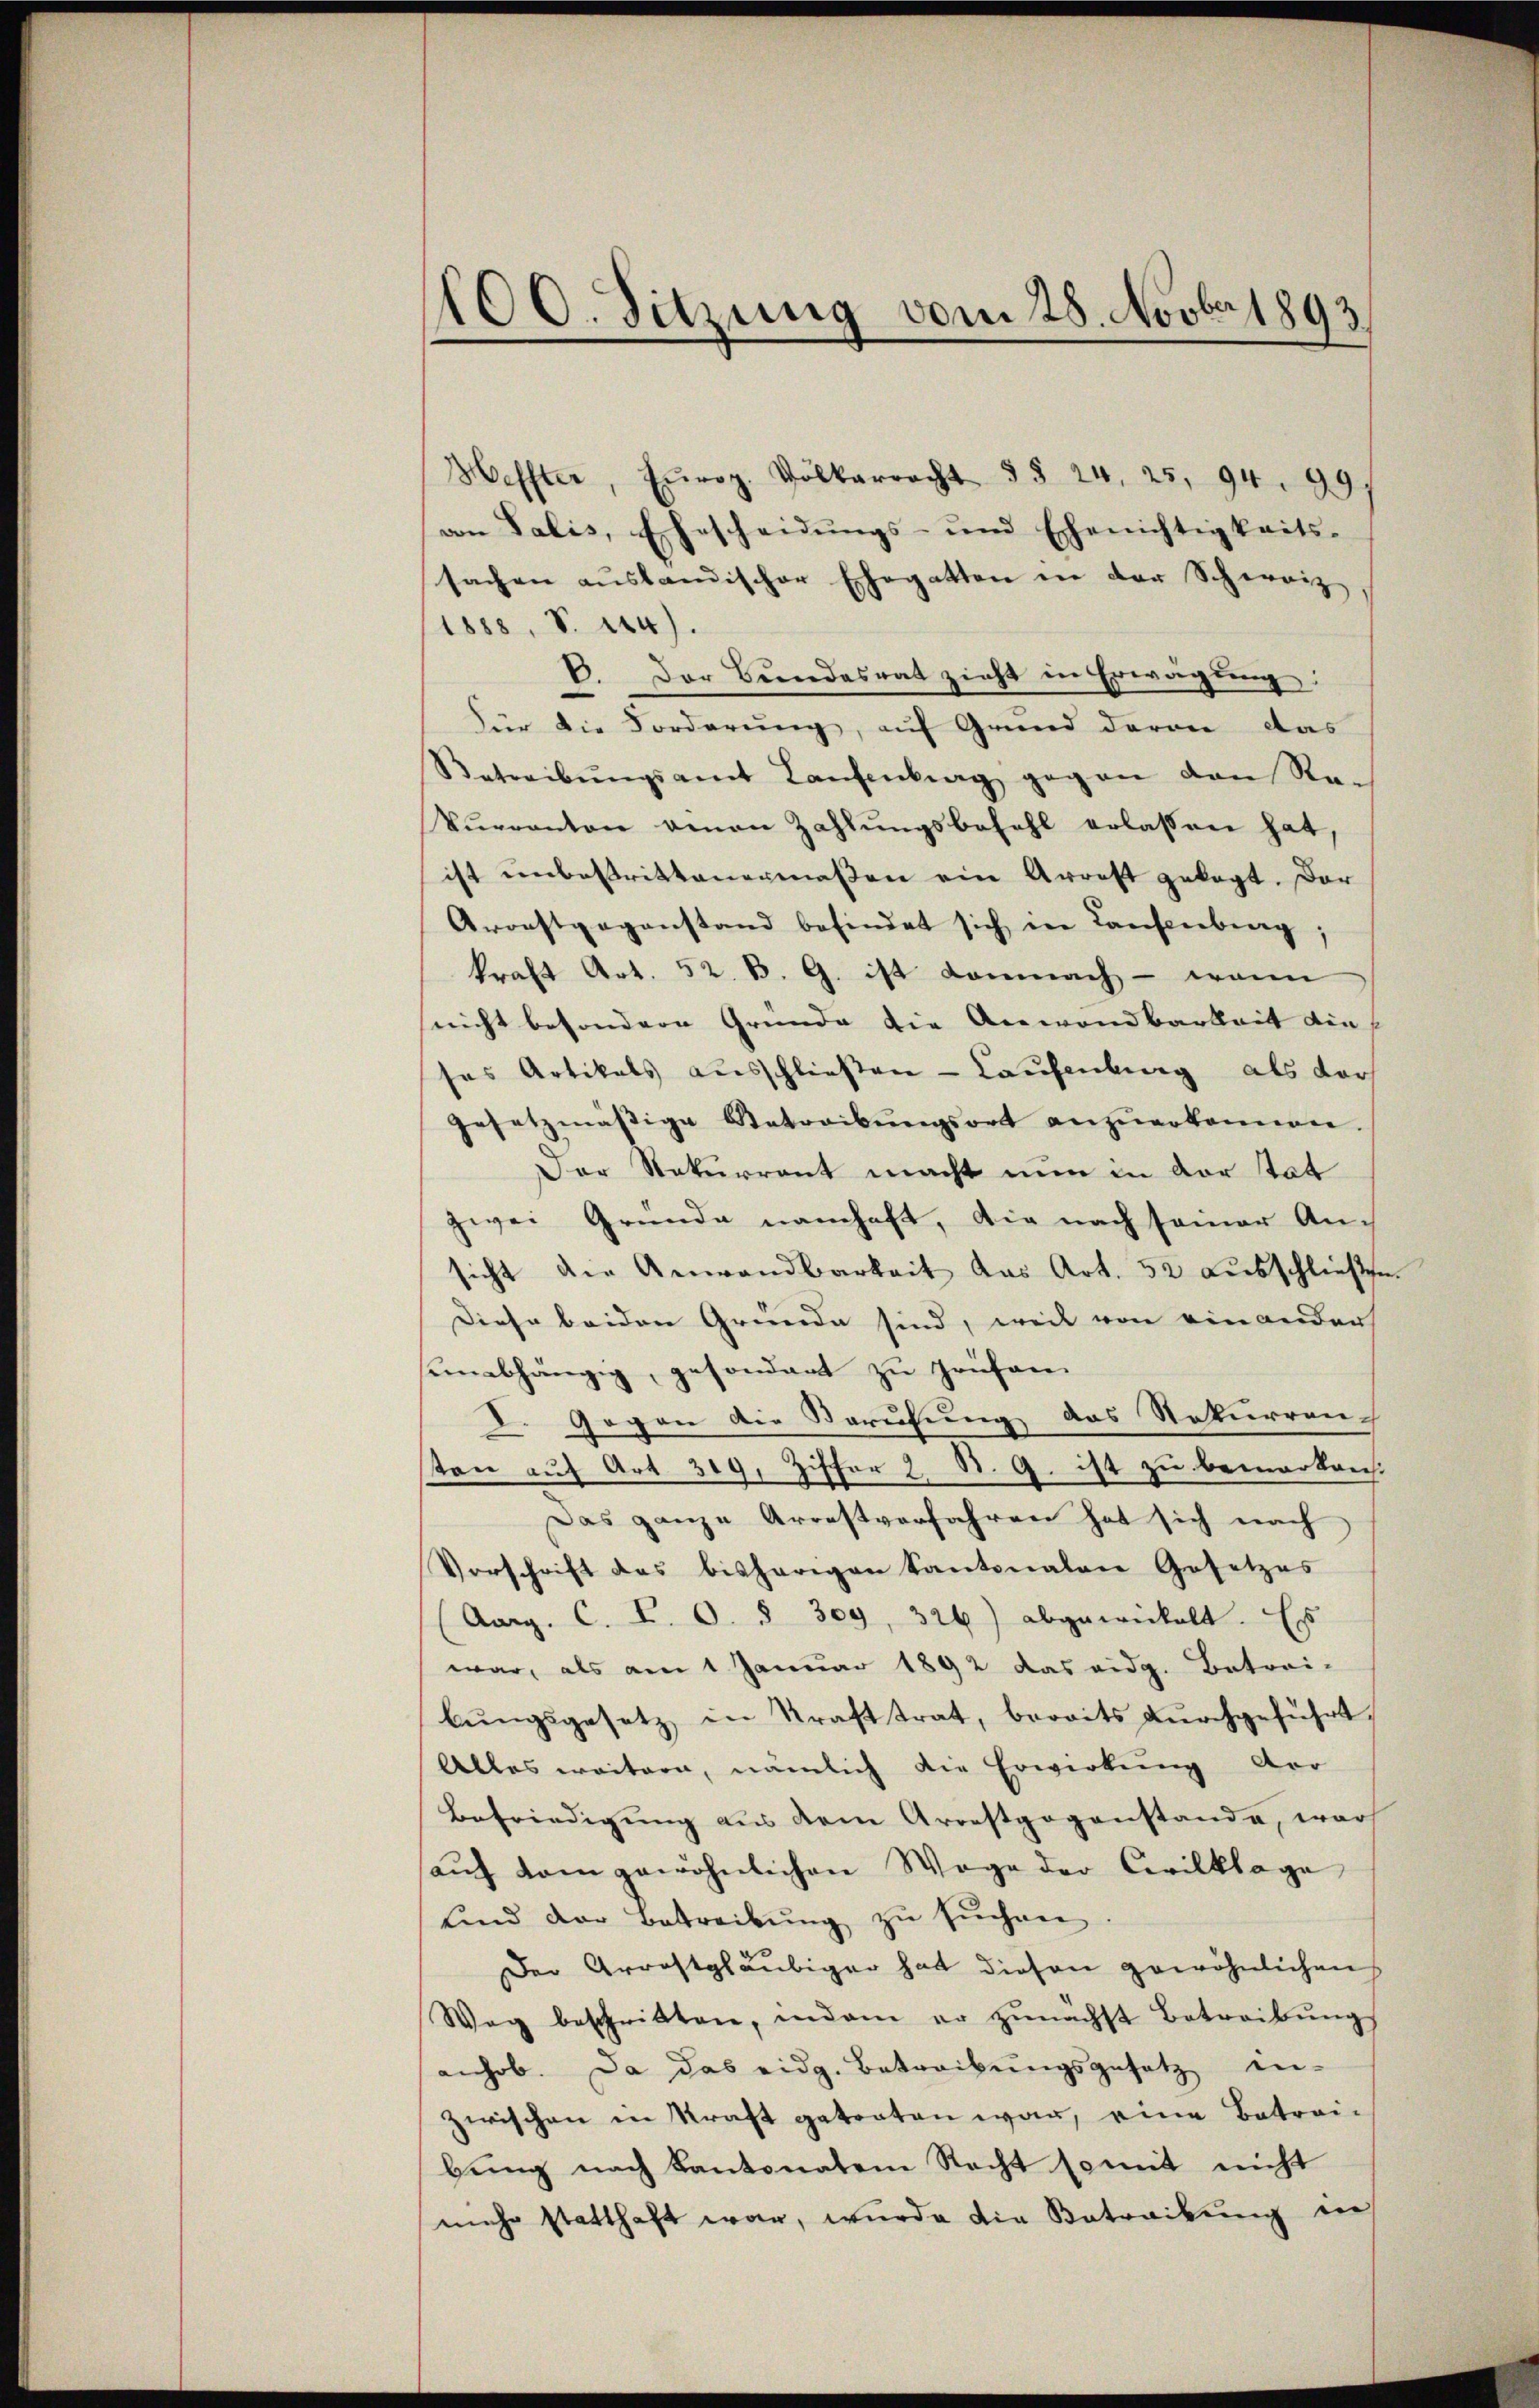
100. Sitzung vom 28. Novber 1893

Heffter, Europ. Völkerrecht §§ 24, 25, 94. 99.
von Talis, Ehescheidŭngs- und Ehenichtigkeits-
sachen aŭslandischer Ehegatten in der Schweiz,
1888, S. 214).
V. Der Berndesrat zieht in Erwägung:
Für die Forderung, auf Grund davon das
Betreibŭngsamt Laŭfenburg gegen den Ra-
Vŭrranton genan Zahlŭngsbezahl erlassen hat,
ist unbestrittenermaßen ein Arrest gekagt. Dar
Aroestgegenstand befindet sich in Laufenberg;
kraft Art. 52. B. G. ist Lomnach - wenn
nicht besondere Gründe die Anwendbarkeit die
ses Artikals ausschließen - Laufenburg als der
gesetzmässige Betreibŭngsort anzŭerkennen.
Der Rekurrent macht nun in der tat
zwei Gründe namhaft, die nach seiner An-
sicht die Anwandbarkeit das Art. 52 aŭsschließe.
Diese beiden Gründe sind, weil von einander
sein abhängig, gesondert zu prüfen.
I. Gegen die Berufung das Rekurren
ton auf Art. 319, Ziffer 2 St. G. ist zu bemerkreich
Das ganze Arrestverfahren hat sich nach
Vorschrift des bisherigen Kantonalen Gesetzes
(Aarg. C. P. O. § 309, 326) abgewickelt. Es
war, als am 1. Januar 1892 das eidg. Betrei-
bŭngsgesetz in Krafttrat, bereits dŭrchgeführt,
Alles weitern, nämlich die Erwirkung vor
Befriedigung aus dem Arrestgegenstande, war
aŭf dem gewöhnlichen Wege der Civilklage
ŭnd der Betreibŭng zŭ sŭchen.
Der Arrestgläubiger hat diesen gewöhnlichen
Weg beschritten, indem er zŭnächst betreibŭng
anhob. Da das eidg. Betreibŭngsgesetz an-
zwischen in Kraft getreten war, eine Betreibŭng nach Kantonaten Recht somit nicht
mehr statthaft war, wurde die Betraikung in